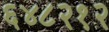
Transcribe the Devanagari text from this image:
६४८२१२